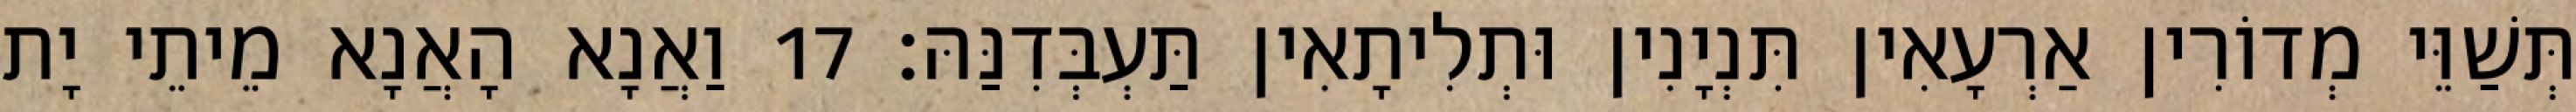
תְּשַׁוֵּי מְדוֹרִין אַרְעָאִין תִּנְיָנִין וּתְלִיתָאִין תַּעְבְּדִנַּהּ׃ 17 וַאֲנָא הָאֲנָא מֵיתֵי יָת